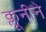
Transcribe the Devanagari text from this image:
क्लूनीने